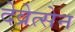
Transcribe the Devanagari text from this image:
देव्रेत्सेन